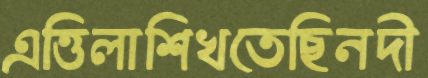
এত্তিলাশিখতেছিনদী